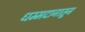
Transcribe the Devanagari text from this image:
धम्मदानातून